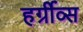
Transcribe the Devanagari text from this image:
हर्ग्रीव्स